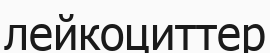
лейкоциттер